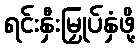
ရင်းနှီးမြှုပ်နှံဖို့